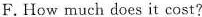
F.How much does it cost?